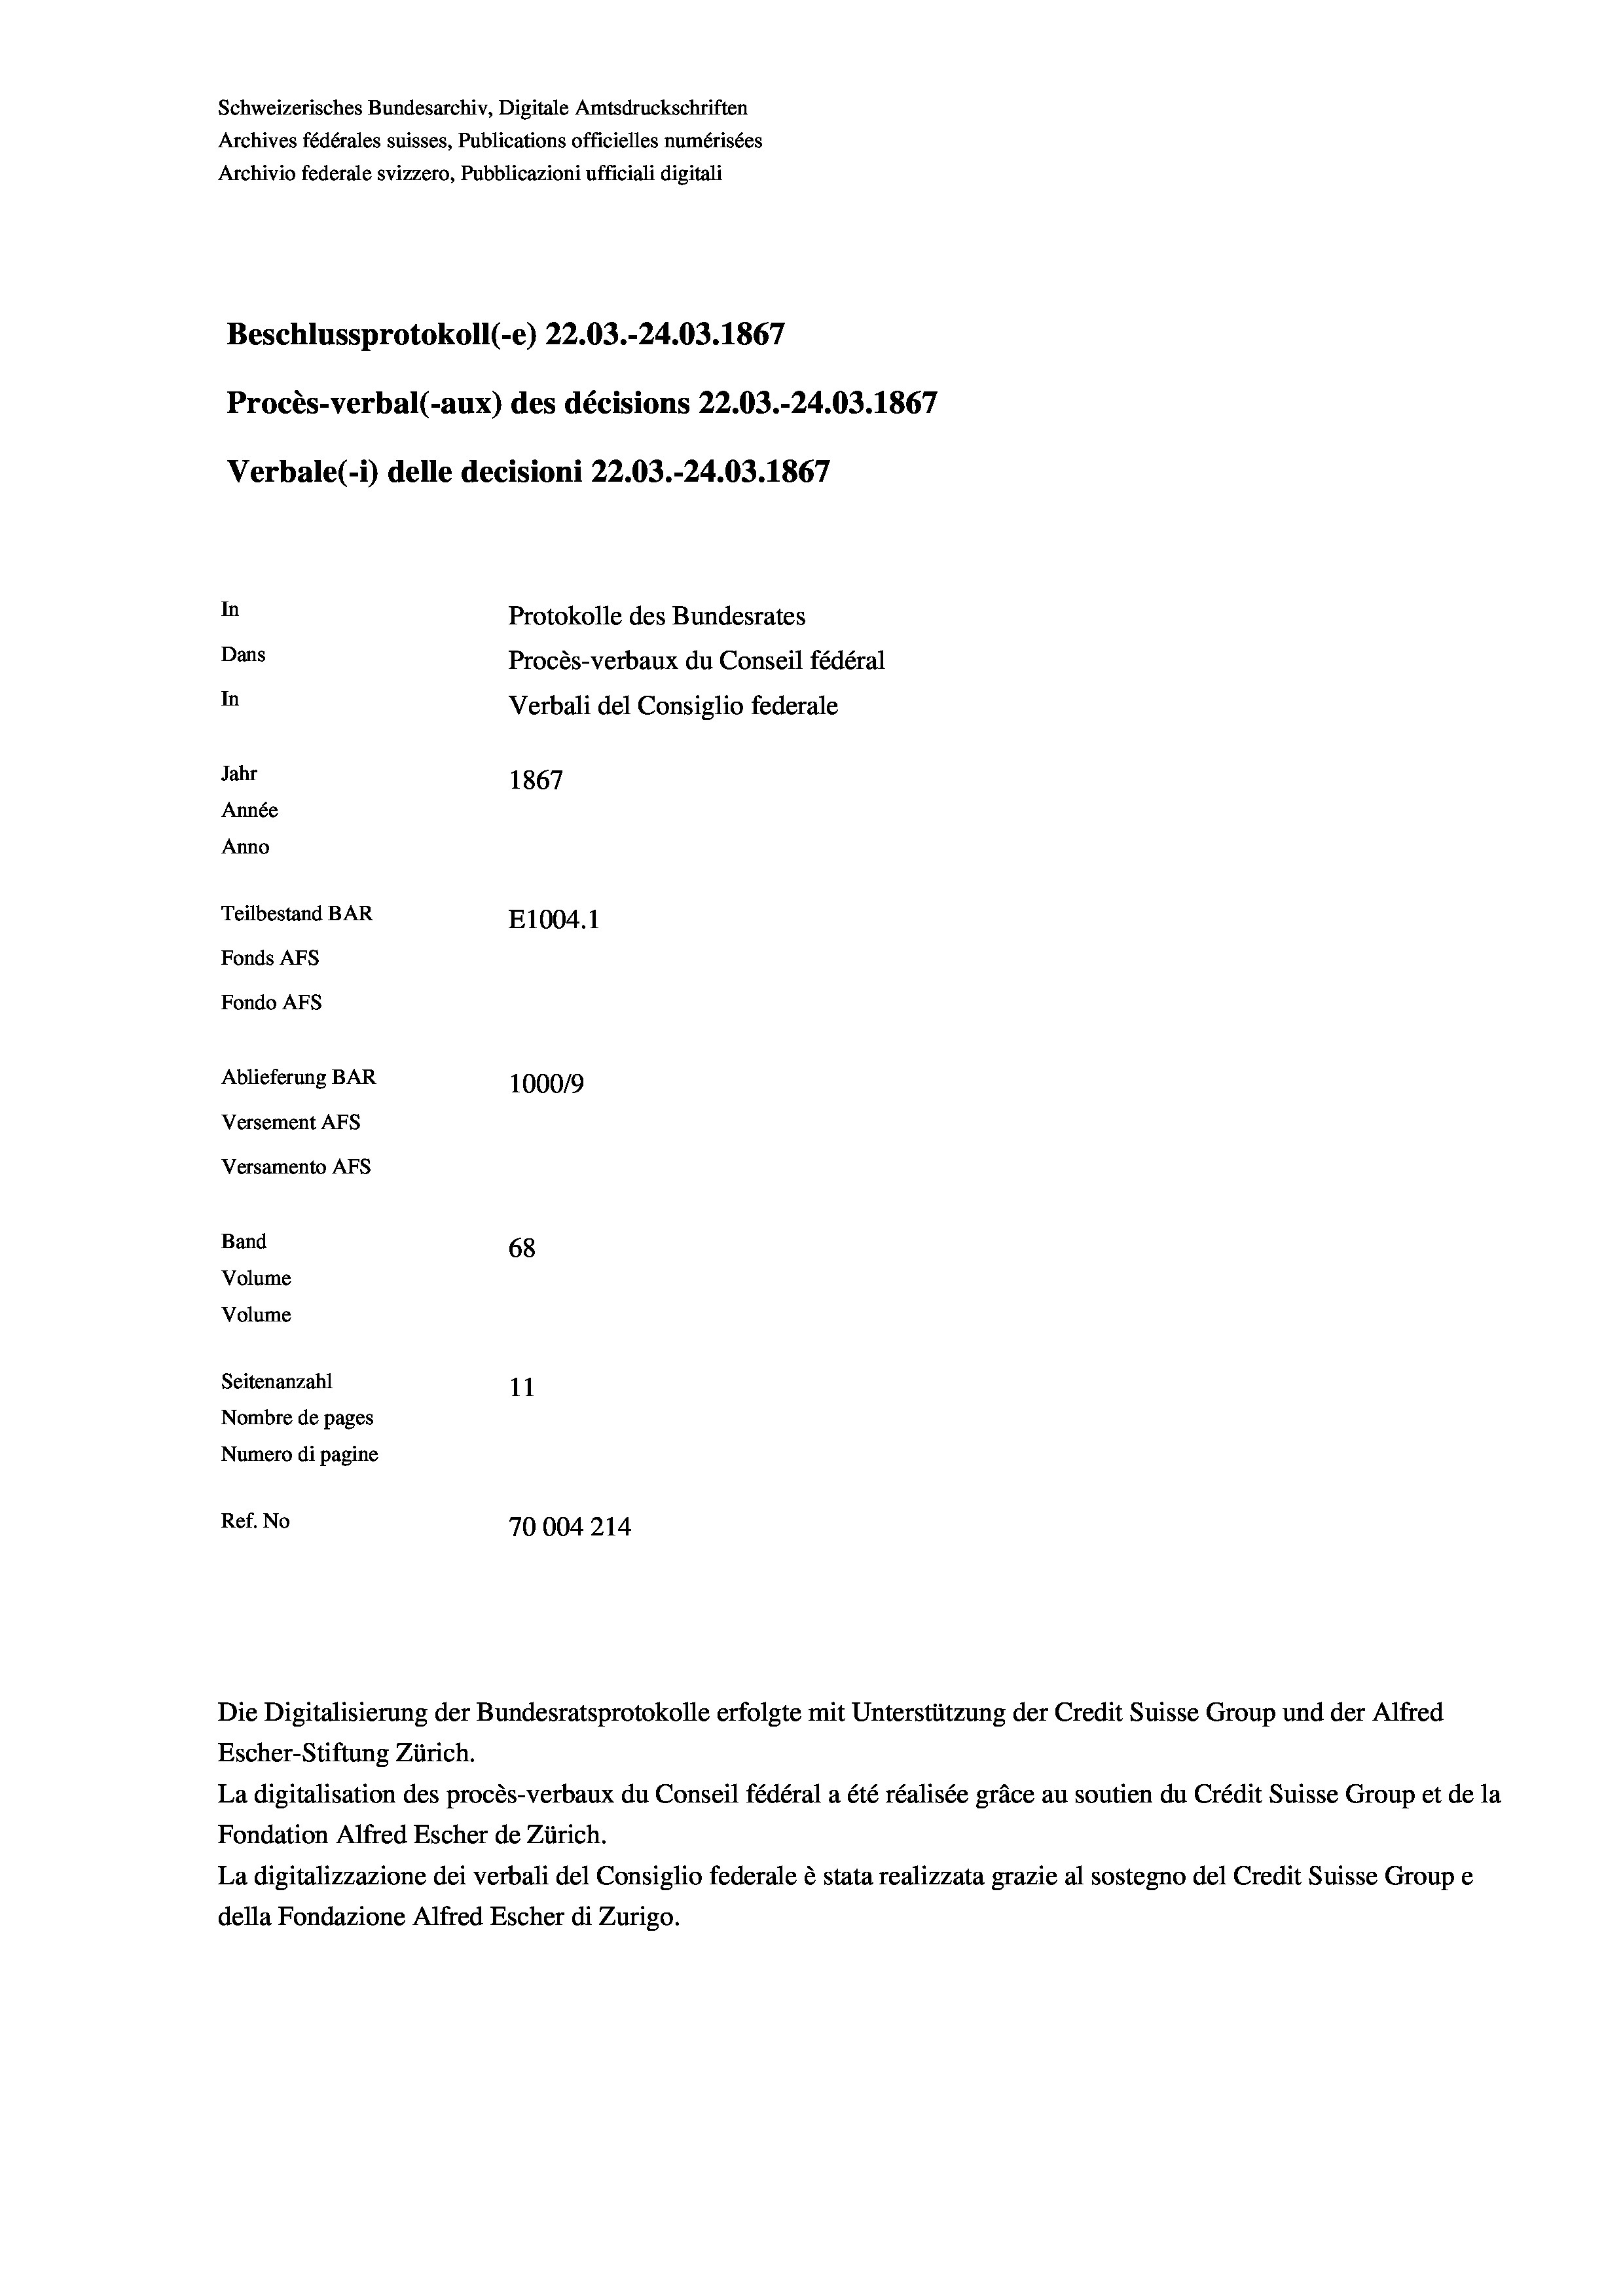
Schweizerisches Bundesarchiv, Digitale Amtsdruckschriften
Archives fédérales suisses, Publications officielles numérisées
Beschlussprotokoll (-e) 22.03.-24.03. 1867
Procès-verbal (-aux) des décisions 22.03.-24.03. 1867
In
Protokolle des Bundesrates
Dans
Procès-verbaux du Conseil fédéral
In
Verbali del Consiglio federale
Jahr
1867
Année
Anno
Teilbestand BAR
E1004.1
Fonds AFs
Fondo AFS

Ablieferung BAR
Versement AFs
Versamento AFs
Band
Volume
Volume
Seitenanzahl

Archivio federale svizzero, Pubblicazioni ufficiali digitali

Verbale(-*) delle decisioni 22.03.-24.03. 1867

100019
68
11
Nombre de pages
Numero di pagine
Ref. No
70004214

Escher-Stiftung Zürich.
La digitalisation des procès-verbaux du Conseil fédéral a été réalisée gräce au soutien du Crédit Suisse Group et de la
Fondation Alfred Escher de Zürich.
La digitalizzazione dei verbali del Consiglio federale è stata realizzata grazie al sostegno del Credit Suisse Groupe
della Fondazione Alfred Escher di Zurigo.

Die Digitalisierung der Bundesratsprotokolle erfolgte mit Unterstützung der Credit Suisse Group und der Alfred